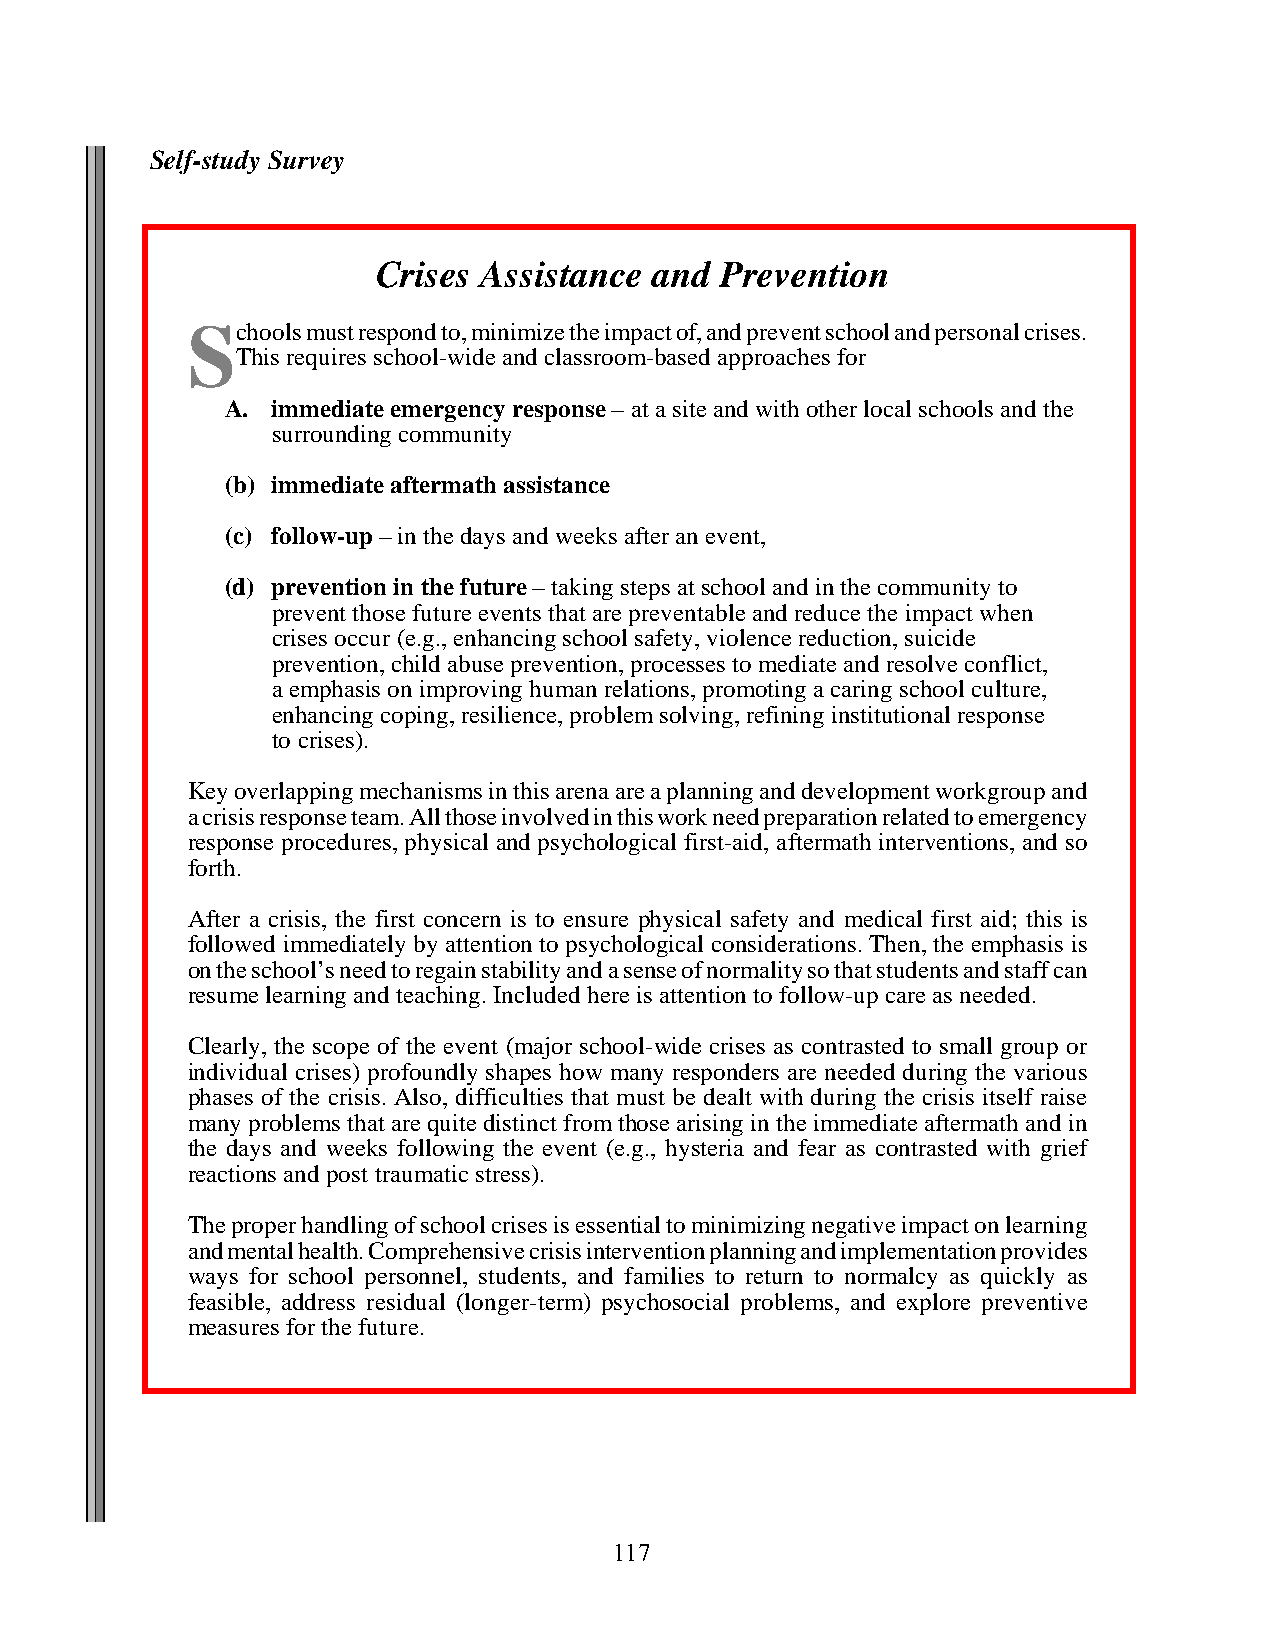
Self-study Survey
 Crises Assistance and  Prevention
 Schools must respond to, minimize the impact of, and prevent school and personal crises.
 This requires school-wide and classroom-based approaches for
 A. immediate emergency response – at a site and with other local schools and the
 surrounding community
 (b) immediate aftermath assistance
 (c) follow-up – in the days and weeks after an event,
 (d) prevention in the future – taking steps at school and in the community to
 prevent those future events that are preventable and reduce the impact when
 crises occur (e.g., enhancing school safety, violence reduction, suicide
 prevention, child abuse prevention, processes to mediate and resolve conflict,
 a emphasis on improving human relations, promoting a caring school culture,
 enhancing coping, resilience, problem solving, refining institutional response
 to crises).
 Key overlapping mechanisms in this arena are a planning and development workgroup and
 a crisis response team. All those involved in this work need preparation related to emergency
 response procedures, physical and psychological first-aid, aftermath interventions, and so
 forth.
 After a crisis, the first concern is to ensure physical safety and medical first aid; this is
 followed immediately by attention to psychological considerations. Then, the emphasis is
 on the school’s need to regain stability and a sense of normality so that students and staff can
 resume learning and teaching. Included here is attention to follow-up care as needed.
 Clearly, the scope of the event (major school-wide crises as contrasted to small group or
 individual crises) profoundly shapes how many responders are needed during the various
 phases of the crisis. Also, difficulties that must be dealt with during the crisis itself raise
 many problems that are quite distinct from those arising in the immediate aftermath and in
 the days and weeks following the event (e.g., hysteria and fear as contrasted with grief
 reactions and post traumatic stress).
 The proper handling of school crises is essential to minimizing negative impact on learning
 and mental health. Comprehensive crisis intervention planning and implementation provides
 ways for school personnel, students, and families to return to normalcy as quickly as
 feasible, address residual (longer-term) psychosocial problems, and explore preventive
 measures for the future.
 117